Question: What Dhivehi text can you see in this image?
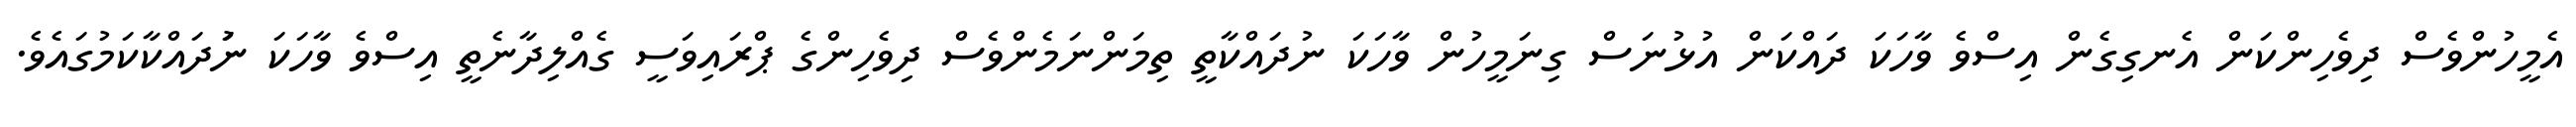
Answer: އެމީހުންވެސް ދިވެހިންކަން އެނގިގެން އިސްވެ ވާހަކަ ދައްކަން އުޅުނަސް ގިނަމީހުން ވާހަކަ ނުދައްކާތީ ތިމަންނަމެންވެސް ދިވެހިންގެ ޕްރައިވަސީ ގެއްލިދާނެތީ އިސްވެ ވާހަކަ ނުަދައްކާކަމުގައެވެ.